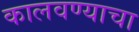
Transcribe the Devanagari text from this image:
कालवण्याचा